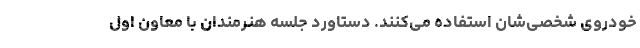
خودروی شخصی‌شان استفاده می‌کنند. دستاورد جلسه هنرمندان با معاون اول